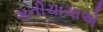
ગનીચાચાએ